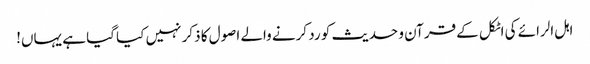
اہل الرائے کی اٹکل کے قرآن و حدیث کو رد کرنے والے اصول کا ذکر نہیں کیا گیا ہے یہاں!